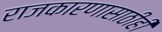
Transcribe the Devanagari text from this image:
राजकारणासाठीही